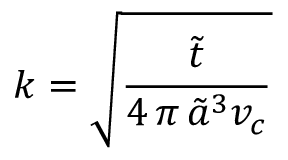
k = \sqrt { \frac { \tilde { t } } { 4 \, \pi \, \tilde { a } ^ { 3 } v _ { c } } }